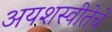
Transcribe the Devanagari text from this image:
अयशस्वीतेचे